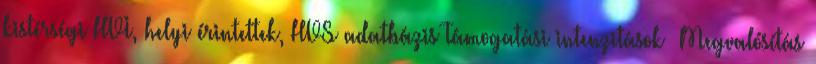
kistérségi HVI, helyi érintettek, HVS adatbázis Támogatási intenzitások ▪Megvalósítás